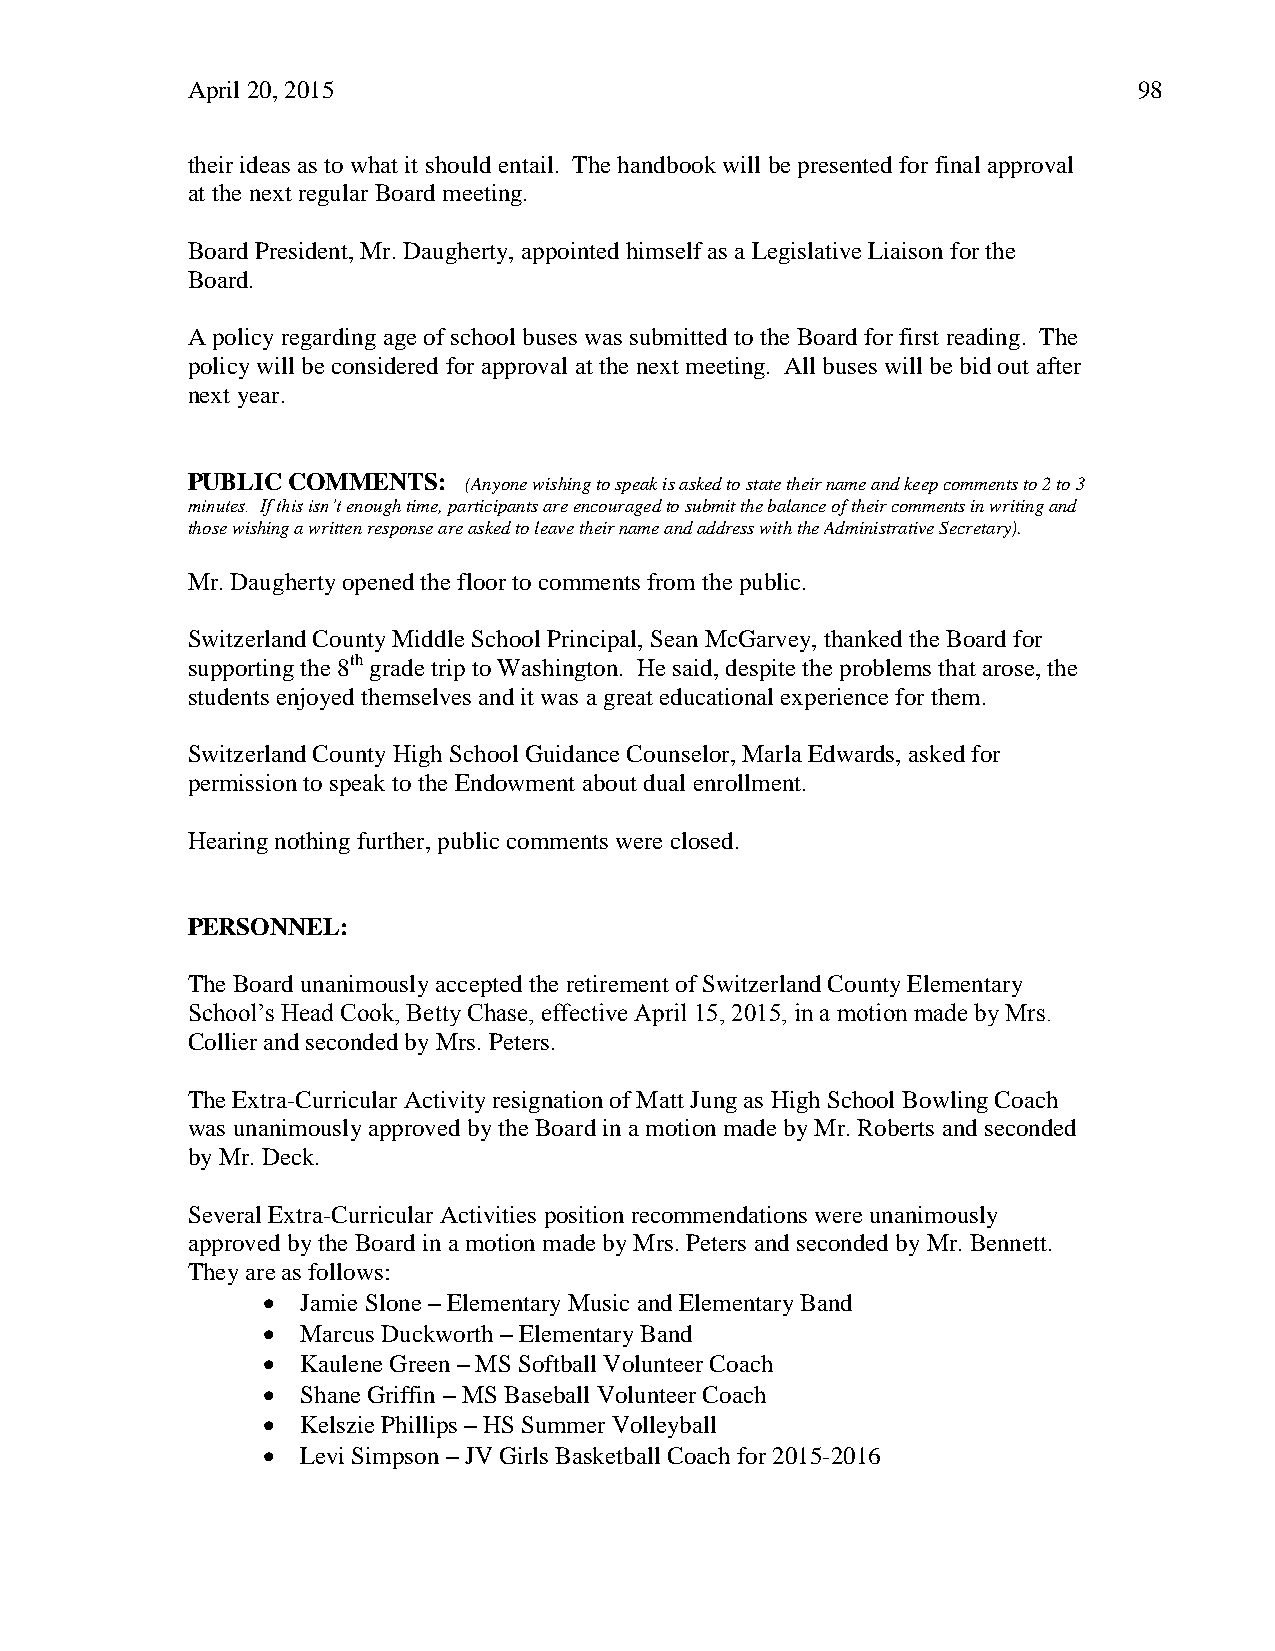
April 20, 2015                                                 98
 their ideas as to what it should entail. The handbook will be presented for final approval
 at the next regular Board meeting.
 Board President, Mr. Daugherty, appointed himself as a Legislative Liaison for the
 Board.
 A policy regarding age of school buses was submitted to the Board for first reading. The
 policy will be considered for approval at the next meeting. All buses will be bid out after
 next year.
 PUBLIC COMMENTS:   (Anyone wishing to speak is asked to state their name and keep comments to 2 to 3
 minutes. If this isn’t enough time, participants are encouraged to submit the balance of their comments in writing and
 those wishing a written response are asked to leave their name and address with the Administrative Secretary).
 Mr. Daugherty opened the floor to comments from the public.
 Switzerland County Middle School Principal, Sean McGarvey, thanked the Board for
 supporting the 8th grade trip to Washington. He said, despite the problems that arose, the
 students enjoyed themselves and it was a great educational experience for them.
 Switzerland County High School Guidance Counselor, Marla Edwards, asked for
 permission to speak to the Endowment about dual enrollment.
 Hearing nothing further, public comments were closed.
 PERSONNEL:
 The Board unanimously accepted the retirement of Switzerland County Elementary
 School’s Head Cook, Betty Chase, effective April 15, 2015, in a motion made by Mrs.
 Collier and seconded by Mrs. Peters.
 The Extra-Curricular Activity resignation of Matt Jung as High School Bowling Coach
 was unanimously approved by the Board in a motion made by Mr. Roberts and seconded
 by Mr. Deck.
 Several Extra-Curricular Activities position recommendations were unanimously
 approved by the Board in a motion made by Mrs. Peters and seconded by Mr. Bennett.
 They are as follows:
   Jamie Slone – Elementary Music and Elementary Band
   Marcus Duckworth – Elementary Band
   Kaulene Green – MS Softball Volunteer Coach
   Shane Griffin – MS Baseball Volunteer Coach
   Kelszie Phillips – HS Summer Volleyball
   Levi Simpson – JV Girls Basketball Coach for 2015-2016